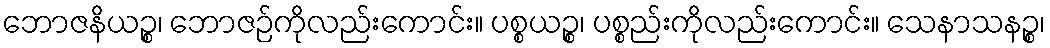
ဘောဇနိယဉ္စ၊ ဘောဇဉ်ကိုလည်းကောင်း။ ပစ္စယဉ္စ၊ ပစ္စည်းကိုလည်းကောင်း။ သေနာသနဉ္စ၊